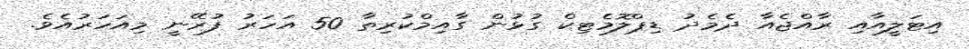
އިޓަލީއާއި ރާއްޖެއާ ދެމެދު ޑިޕްލޮމެޓިކް ގުޅުން ގާއިމްކުރިތާ 50 އަހަރު ފުރޭނީ މިއަހަރުއެވެ.